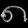
Digit: ၈